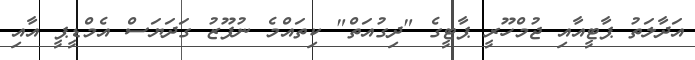
އަދާލަތު ޕާޓީއާއި ޖުމްހޫރީ ޕާޓީގެ "ދިގުއަތް" ކިތައްމެ ނުފޫޒު ގަދަޔަސް އެމްޑީޕީ އާއި